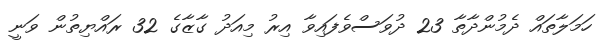
ހަމަލާތައް ދެމުންދާތާ 23 ދުވަސްވެފައިވާ އިރު މިއަދު ގާޒާގެ 32 ރައްޔިތުން ވަނީ